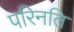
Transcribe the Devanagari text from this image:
परिनति